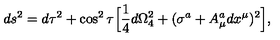
d s ^ { 2 } = d \tau ^ { 2 } + \cos ^ { 2 } \tau \Big [ { \frac { 1 } { 4 } } d \Omega _ { 4 } ^ { 2 } + ( \sigma ^ { a } + A _ { \mu } ^ { a } d x ^ { \mu } ) ^ { 2 } \Big ] ,